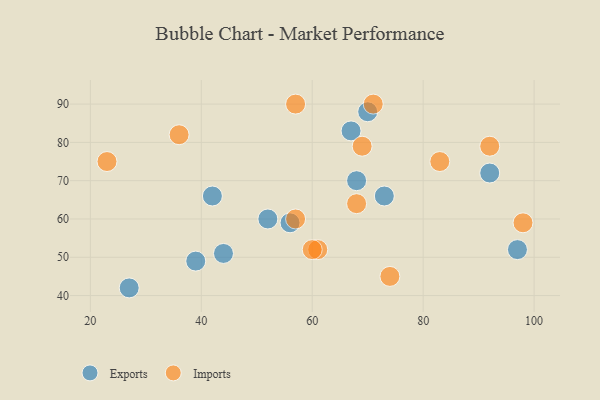
{"axis": {"x": "GDP", "y": "Life Expectancy"}, "legend": ["Exports", "Imports"], "data": [{"x": "67", "y": 83, "type": "Exports"}, {"x": "39", "y": 49, "type": "Exports"}, {"x": "73", "y": 66, "type": "Exports"}, {"x": "27", "y": 42, "type": "Exports"}, {"x": "52", "y": 60, "type": "Exports"}, {"x": "97", "y": 52, "type": "Exports"}, {"x": "68", "y": 70, "type": "Exports"}, {"x": "42", "y": 66, "type": "Exports"}, {"x": "70", "y": 88, "type": "Exports"}, {"x": "56", "y": 59, "type": "Exports"}, {"x": "92", "y": 72, "type": "Exports"}, {"x": "44", "y": 51, "type": "Exports"}, {"x": "92", "y": 79, "type": "Imports"}, {"x": "68", "y": 64, "type": "Imports"}, {"x": "74", "y": 45, "type": "Imports"}, {"x": "36", "y": 82, "type": "Imports"}, {"x": "98", "y": 59, "type": "Imports"}, {"x": "61", "y": 52, "type": "Imports"}, {"x": "23", "y": 75, "type": "Imports"}, {"x": "71", "y": 90, "type": "Imports"}, {"x": "57", "y": 90, "type": "Imports"}, {"x": "83", "y": 75, "type": "Imports"}, {"x": "69", "y": 79, "type": "Imports"}, {"x": "57", "y": 60, "type": "Imports"}, {"x": "60", "y": 52, "type": "Imports"}]}